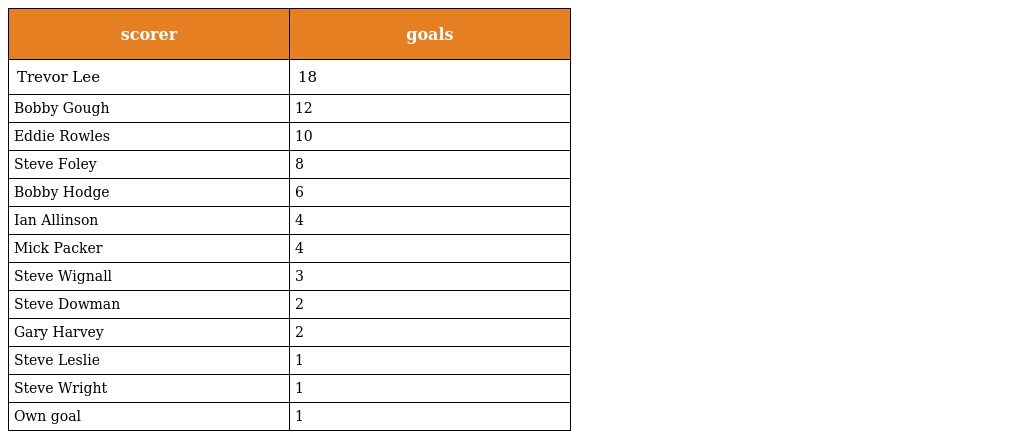
| scorer | goals |
 | --- | --- |
 | Trevor Lee | 18 |
 | Bobby Gough | 12 |
 | Eddie Rowles | 10 |
 | Steve Foley | 8 |
 | Bobby Hodge | 6 |
 | Ian Allinson | 4 |
 | Mick Packer | 4 |
 | Steve Wignall | 3 |
 | Steve Dowman | 2 |
 | Gary Harvey | 2 |
 | Steve Leslie | 1 |
 | Steve Wright | 1 |
 | Own goal | 1 |